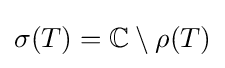
\sigma (T)=\mathbb {C} \setminus \rho (T)